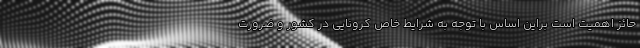
حائز اهمیت است براین اساس با توجه به شرایط خاص کرونایی در کشور و ضرورت